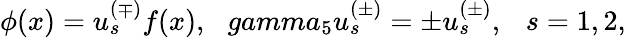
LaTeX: \phi(x)=u_{s}^{(\mp)}f(x),\ \ \, gamma_{5}u_{s}^{(\pm)}=\pm u_{s}^{(\pm)},\ \ \ s=1,2,